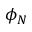
\phi _ { N }